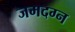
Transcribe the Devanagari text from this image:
जमदग्न